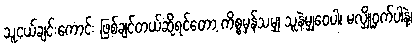
သူငယ်ချင်းကောင်း ဖြစ်ချင်တယ်ဆိုရင်တော့ ကိစ္စမှန်သမျှ သူနဲ့မျှဝေပါ၊ မလျှို့ဝှက်ပါနဲ့၊